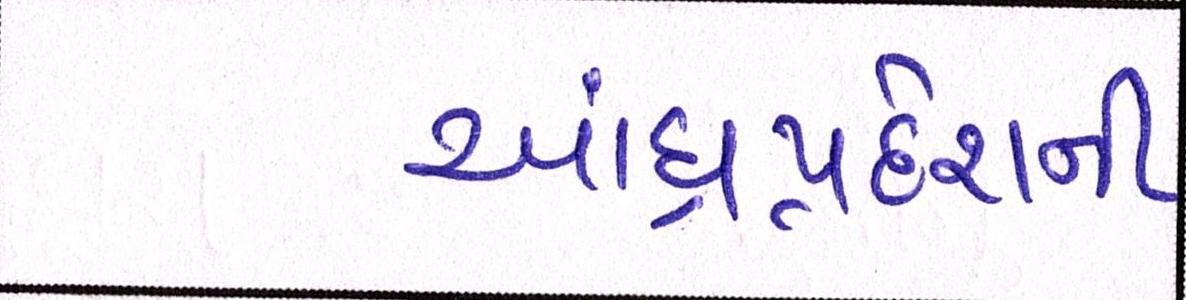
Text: આંધ્રપ્રદેશની